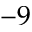
- 9